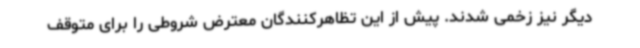
دیگر نیز زخمی شدند. پیش از این تظاهرکنندگان معترض شروطی را برای متوقف